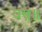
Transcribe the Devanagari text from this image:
वस्त्र॥